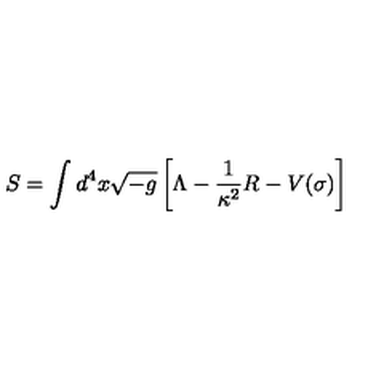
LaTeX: S = \int d ^ { 4 } x \sqrt { - g } \left[ \Lambda - { \frac { 1 } { \kappa ^ { 2 } } } R - V ( \sigma ) \right]